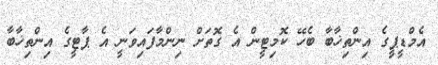
އެމްޑީޕީގެ އިންތިޚާބާ ބެހޭ ކޮމިޓީން އެ ގޮތަށް ނިންމާފައިވަނީ އެ ޕާޓީގެ އިންތިޚާބާ